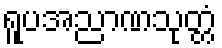
ရူပအညာဏသုတ္တံ